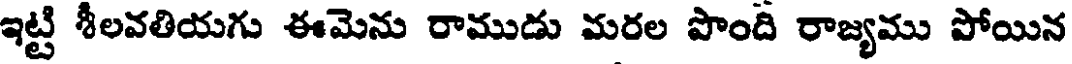
ఇట్టి శీలవతియగు ఈమెను రాముడు మరల పొంది రాజ్యము పోయిన